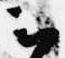
云